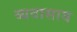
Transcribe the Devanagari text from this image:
व्यवासाय